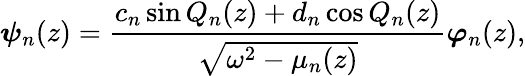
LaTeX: \boldsymbol{\psi}_{n}(z)=\frac{c_{n}\sin Q_{n}(z)+d_{n}\cos Q_{n}(z)}{\sqrt{\omega^{2}-\mu_{n}(z)}}\boldsymbol{\varphi}_{n}(z),